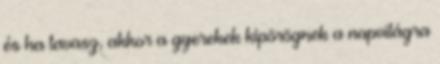
és ha tavasz, akkor a gyerekek kipörögnek a napvilágra